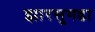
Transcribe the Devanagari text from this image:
झारसुगडा